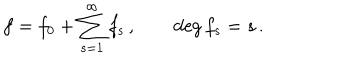
LaTeX: f = f _ { 0 } + \sum _ { s = 1 } ^ { \infty } f _ { s } \, , \qquad \deg { f _ { s } } = s \, .